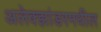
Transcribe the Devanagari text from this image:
अलेक्झांडरमधील